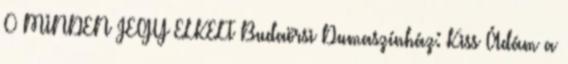
0 MINDEN JEGY ELKELT Budaörsi Dumaszínház: Kiss Ádám a